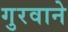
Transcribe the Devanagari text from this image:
गुरवाने